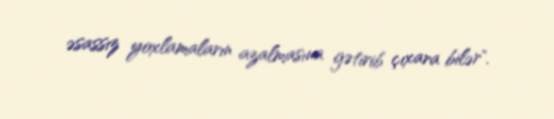
əsassız yoxlamaların azalmasına gətirib çıxara bilər".